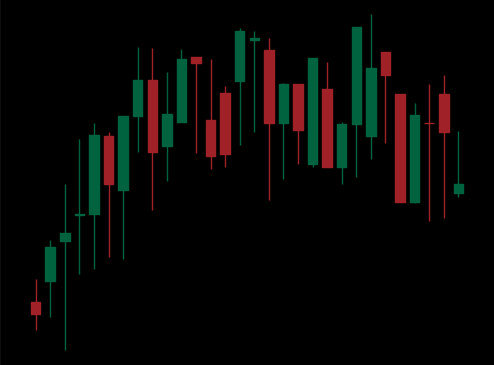
Pattern: unclassified